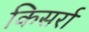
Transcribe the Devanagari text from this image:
किसर्रा